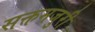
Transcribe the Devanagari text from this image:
सक्तमजुरी